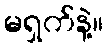
မရှက်နဲ့။